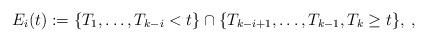
LaTeX: \begin{align*} E_i(t):= \{T_1,\dots,T_{k-i}<t\} \cap \{T_{k-i+1},\dots,T_{k-1},T_k\ge t\},\: , \end{align*}